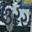
ઉરચ